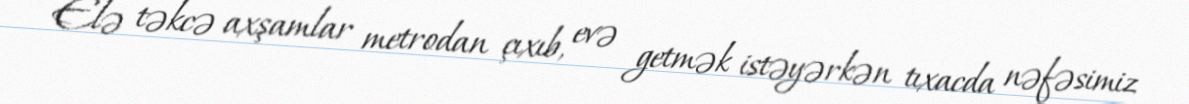
Elə təkcə axşamlar metrodan çıxıb, evə getmək istəyərkən tıxacda nəfəsimiz